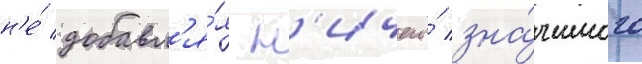
н'е́ добавл'я́я н'ичего́ зна́чимого